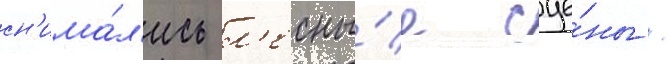
сн'има́л'ись л'есны́е сце́ны /